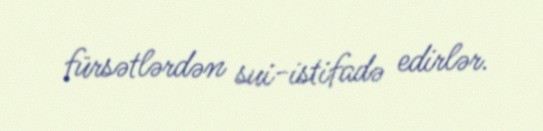
fürsətlərdən sui-istifadə edirlər.